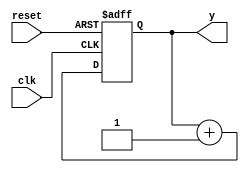

module async(y,clk,reset);

input clk, reset;
output reg y;

always @(posedge clk, posedge reset) begin
if (reset)
y <= 0;
else
y <= y + 1;
end
endmodule